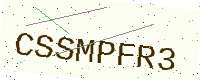
Text: CSSMPFR3